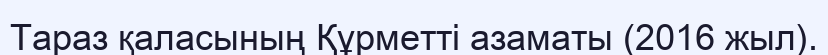
Тараз қаласының Құрметті азаматы (2016 жыл).